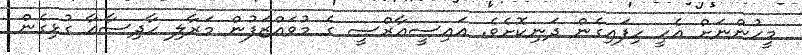
މީހުންނަށް އެހީ ހިފައިގެން ދަނިކޮށެވެ. އައިސީއާރްސީ ގެ މުވައްޒަފުން މަރާލި ހާދިސާއާ ގުޅިގެން